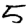
Digit: 5